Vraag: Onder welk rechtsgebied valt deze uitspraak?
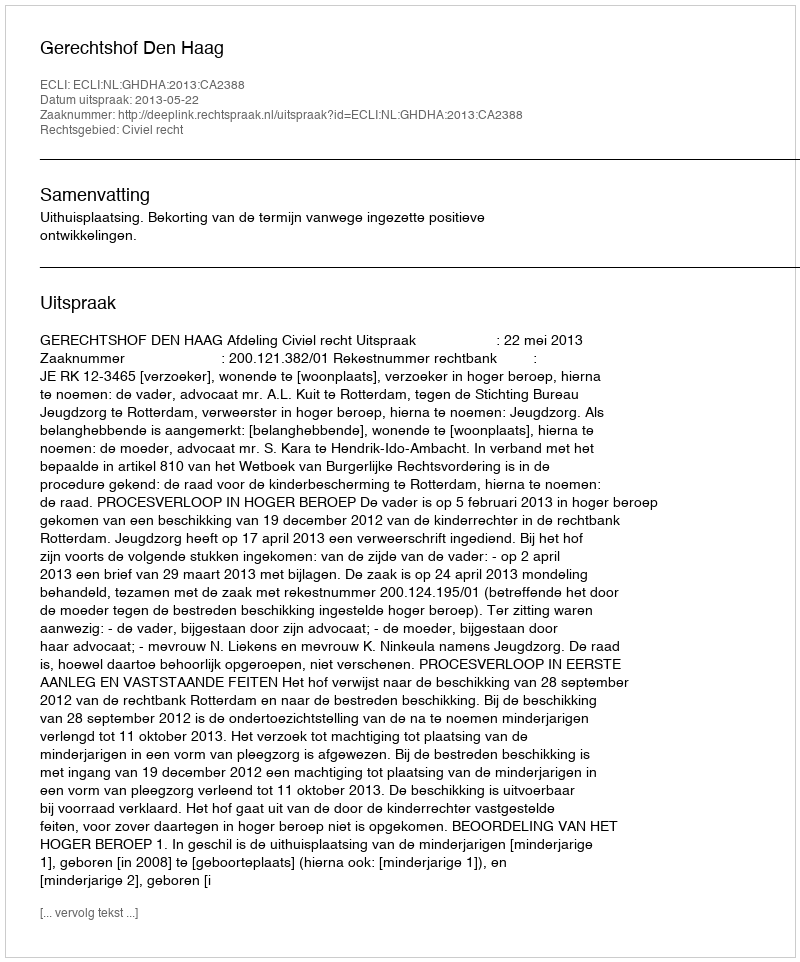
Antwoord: Civiel recht